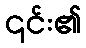
၎င်း၏